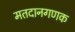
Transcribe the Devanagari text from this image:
मतदानगणक